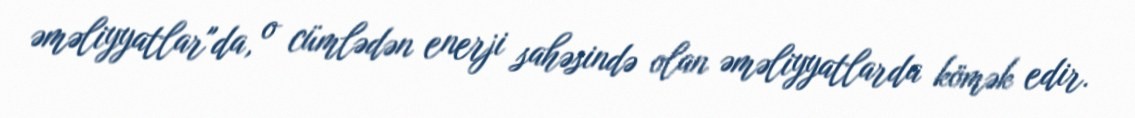
əməliyyatlar"da, o cümlədən enerji sahəsində olan əməliyyatlarda kömək edir.